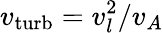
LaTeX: v_{\mathrm{turb}}=v_{l}^{2}/v_{A}